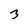
Character: 3